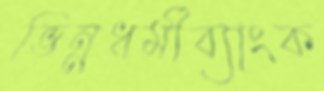
ভিন্নধর্মীব্যাংক